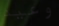
وعيد